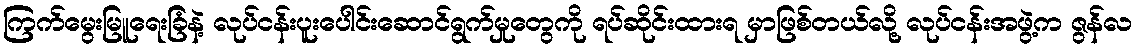
ကြက်မွေးမြူရေးခြံနဲ့ လုပ်ငန်းပူးပေါင်းဆောင်ရွက်မှုတွေကို ရပ်ဆိုင်းထားရ မှာဖြစ်တယ်လို့ လုပ်ငန်းအဖွဲ့က ဇွန်လ